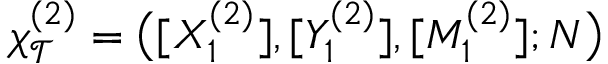
\chi _ { \mathcal { T } } ^ { ( 2 ) } = \big ( [ X _ { 1 } ^ { ( 2 ) } ] , [ Y _ { 1 } ^ { ( 2 ) } ] , [ M _ { 1 } ^ { ( 2 ) } ] ; N \big )